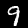
Digit: 9